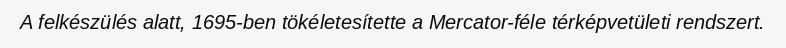
A felkészülés alatt, 1695-ben tökéletesítette a Mercator-féle térképvetületi rendszert.